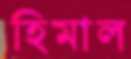
হিমাল